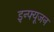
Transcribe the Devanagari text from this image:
इन्फ्यूजन